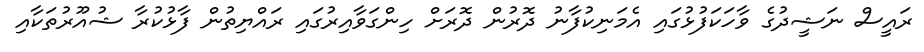
ރައީސް ނަޝީދުގެ ވާހަކަފުޅުގައި އެމަނިކުފާނު ދޮރުން ދޮރަށް ހިންގަވާއިރުގައި ރައްޔިތުން ފާޅުކުރާ ޝުއޫރުތަކާއި